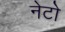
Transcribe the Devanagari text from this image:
नेटो